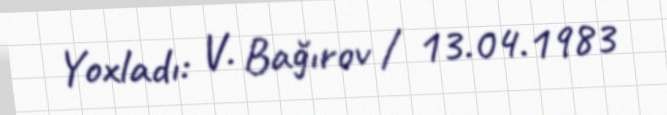
Yoxladı: V. Bağırov / 13.04.1983